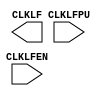
/* verilator lint_off UNUSED */
/* verilator lint_off UNDRIVEN */
(* blackbox *)
module SB_LFOSC(
	input CLKLFPU,
	input CLKLFEN,
	output CLKLF
);
endmodule
/* verilator lint_on UNUSED */
/* verilator lint_on UNDRIVEN */